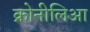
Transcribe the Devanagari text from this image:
क्रोनीलिआ